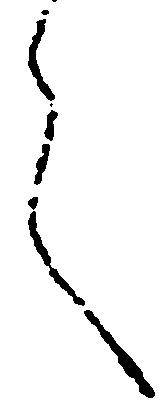
言